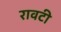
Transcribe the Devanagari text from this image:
रावटी